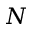
N